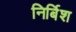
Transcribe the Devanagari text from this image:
निर्बिश